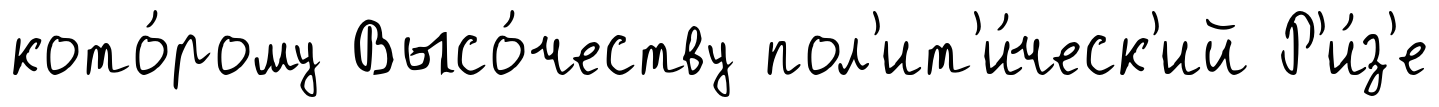
кото́рому Высо́честву пол'ит'и́ческ'ий Р'и́з'е